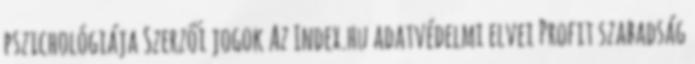
pszichológiája Szerzői jogok Az Index.hu adatvédelmi elvei Profit szabadság